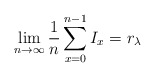
\begin{align*}\lim_{n \to \infty} \frac1n \sum_{x=0}^{n-1} I_x = r_\lambda\end{align*}